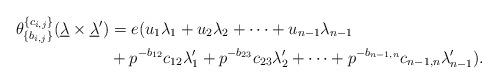
LaTeX: \begin{align*} \theta_{\{b_{i,j}\}}^{\{c_{i,j}\}}(\underline{\lambda}\times\underline{\lambda}') & = e( u_1\lambda_1+ u_2\lambda_2+\cdots+ u_{n-1}\lambda_{n-1}\\ & + p^{-b_{12}}c_{12} \lambda_1'+ p^{-b_{23}}c_{23} \lambda_2'+\cdots+ p^{-b_{n-1,n}}c_{n-1,n}\lambda_{n-1}'). \end{align*}